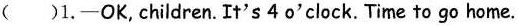
( )1.-OK, children. It's 4 o'clock. Time to go home.